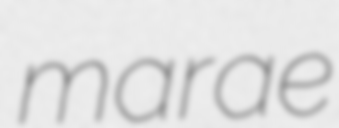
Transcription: marae